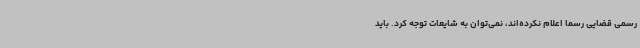
رسمی قضایی رسما اعلام نکرده‌اند، نمی‌توان به شایعات توجه کرد. باید